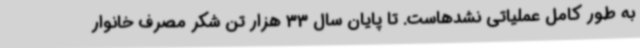
به طور کامل عملیاتی نشدهاست. تا پایان سال 33 هزار تن شکر مصرف خانوار